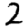
Digit: 2